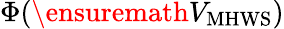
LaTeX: \Phi(\ensuremath{V_{\mathrm{MHWS}}})